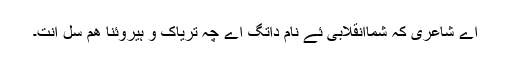
اے شاعری کہ شماانقلابی ئے نام داتگ اے چہ تریاک و ہیروئنا ھم سل انت۔